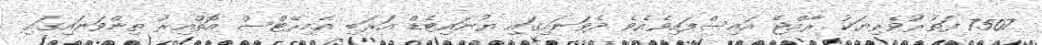
7507 ފަތުރުވެރިޔަކު ރާއްޖެ އައިސްފައިވެއެވެ ދެވަނައިގައި ޔުނައިޓެޑް އަރަބި އެމިރޭޓްސް އޮތްއިރު ތިންވަނައިގައި